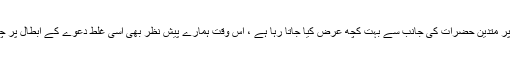
گو یہ راگ پُرانا ہے اور اس پر متدین حضرات کی جانب سے بہت کچھ عرض کیا جاتا رہا ہے ، اس وقت ہمارے پیشِ نظر بھی اسی غلط دعوے کے ابطال پر چند توضیحات پیش کرنا ہے ۔